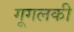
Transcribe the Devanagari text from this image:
गूगलकी